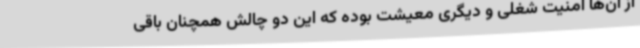
از آن‌ها امنیت شغلی و دیگری معیشت بوده که این دو چالش همچنان باقی